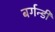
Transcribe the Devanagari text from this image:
बर्गन्डी